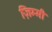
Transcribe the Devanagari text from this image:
ज़िम्मी